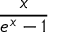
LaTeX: \frac { x } { e ^ { x } - 1 }